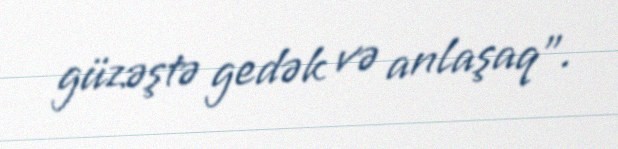
güzəştə gedək və anlaşaq”.